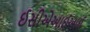
ઈસીએઆઈઆઈ